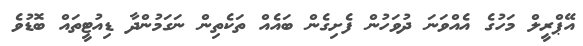
އޭޕްރީލް މަހުގެ އެއްވަނަ ދުވަހުން ފެށިގެން ބައެއް ތަކެތިން ނަގަމުންދާ ޑިއުޓީތައް ބޮޑުވެ